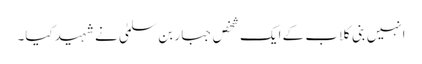
انہیں بنی کلاب کے ایک شخص جبار بن سلمیٰ نے شہید کیا۔